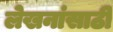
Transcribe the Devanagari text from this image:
लेखनांसाठी